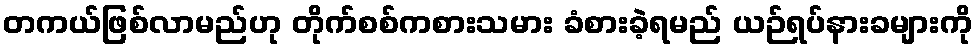
တကယ်ဖြစ်လာမည်ဟု တိုက်စစ်ကစားသမား ခံစားခဲ့ရမည် ယဉ်ရပ်နားခများကို